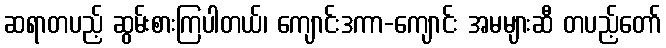
ဆရာတပည့် ဆွမ်းစားကြပါတယ်၊ ကျောင်းဒကာ-ကျောင်း အမများဆီ တပည့်တော်